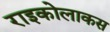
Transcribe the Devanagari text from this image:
राइकोलाकस